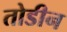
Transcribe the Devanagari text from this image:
तोडीन